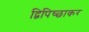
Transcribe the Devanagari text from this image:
द्विपिच्छाकर